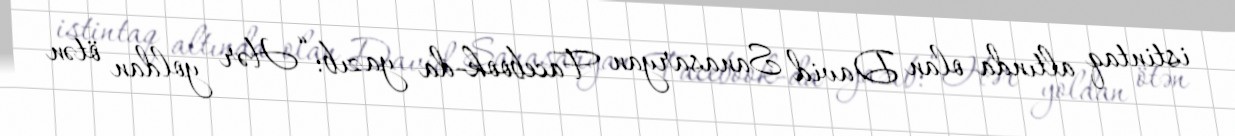
istintaq altında olan David Sanasaryan Facebook-da yazıb: “Hər yoldan ötən